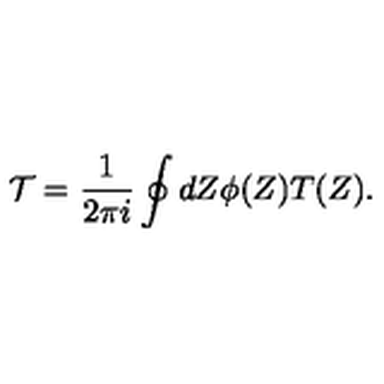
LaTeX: { \cal T } = \frac { 1 } { 2 \pi i } \oint d Z \phi ( Z ) T ( Z ) .